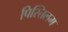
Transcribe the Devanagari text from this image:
पिस्तिलम